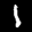
Label: 1